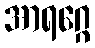
အာရဂ္ဂေ